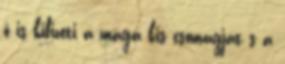
ő is kifizeti a maga kis csomagját s a